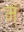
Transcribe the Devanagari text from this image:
म्ं